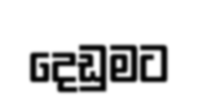
දෙඩුමට